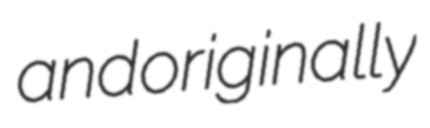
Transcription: and originally